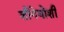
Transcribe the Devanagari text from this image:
शीगेयोशी